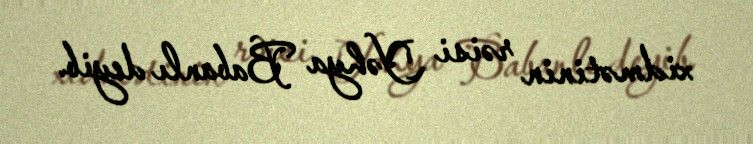
xidmətinin rəisi Yəhya Babanlı deyib.